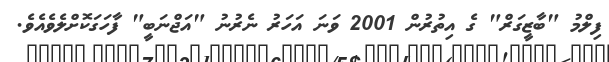
ފިލްމު "ބާޒީގަރް" ގެ އިތުރުން 2001 ވަނަ އަހަރު ނެރުނު "އަޖްނަބީ" ފާހަގަކޮށްލެވެއެވެ.